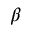
\beta